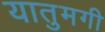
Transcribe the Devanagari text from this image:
यातुमगी